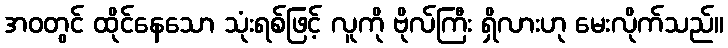
အဝတွင် ထိုင်နေသော သုံးရစ်ဖြင့် လူကို ဗိုလ်ကြီး ရှိလားဟု မေးလိုက်သည်။